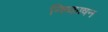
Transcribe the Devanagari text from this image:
निष्काषन